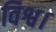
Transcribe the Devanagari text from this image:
विश्व।